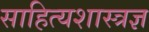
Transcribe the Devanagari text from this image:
साहित्यशास्त्रज्ञ